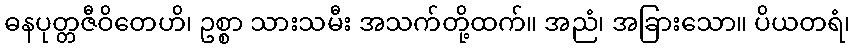
ဓနပုတ္တဇီဝိတေဟိ၊ ဥစ္စာ သားသမီး အသက်တို့ထက်။ အညံ၊ အခြားသော။ ပိယတရံ၊